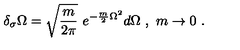
\delta _ { \sigma } \Omega = \sqrt { \frac { m } { 2 \pi } } \ e ^ { - \frac m 2 \Omega ^ { 2 } } d \Omega \ , \ m \rightarrow 0 \ .